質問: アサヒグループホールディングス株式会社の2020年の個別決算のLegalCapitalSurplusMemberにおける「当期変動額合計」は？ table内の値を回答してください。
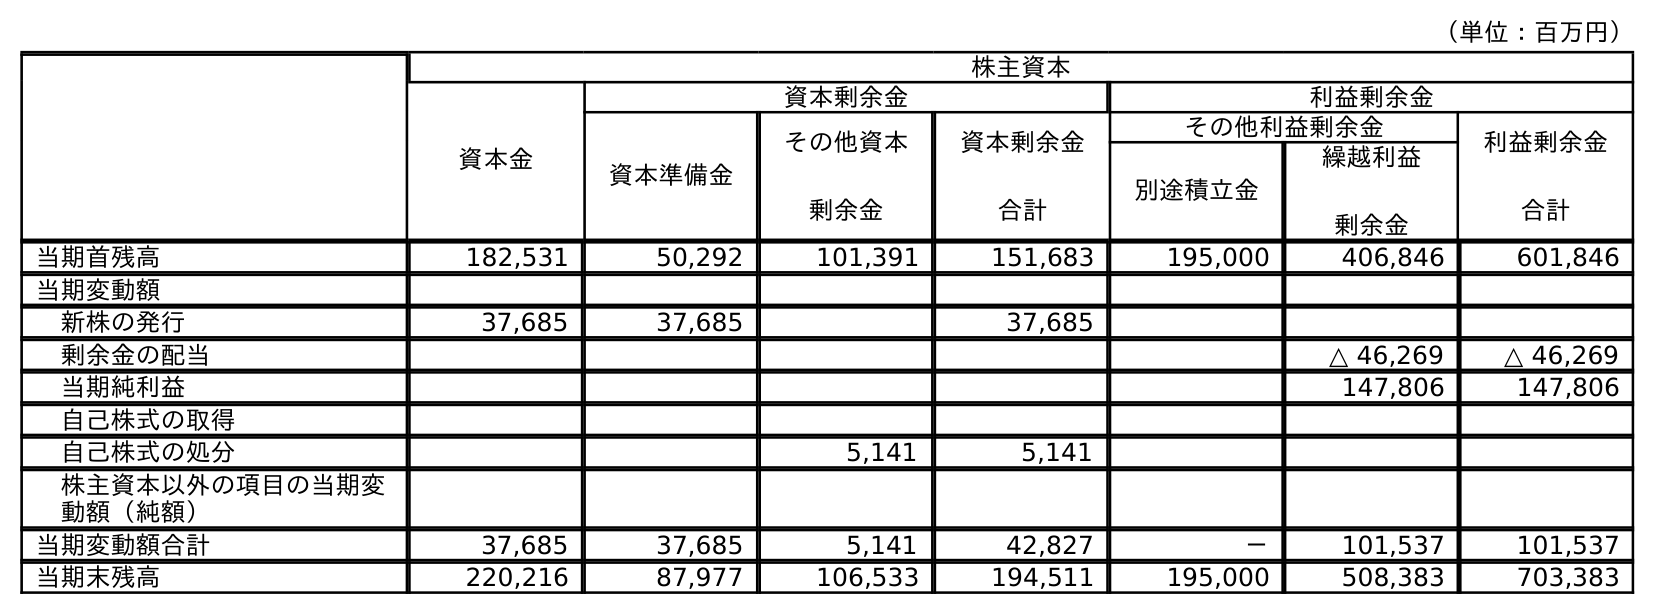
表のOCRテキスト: （単位：百万円） 株主資本 資本金 資本剰余金 利益剰余金 資本準備金 その他資本 剰余金 資本剰余金 合計 その他利益剰余金 利益剰余金 合計 別途積立金 繰越利益 剰余金 当期首残高 182,531 50,292 101,391 151,683 195,000 406,846 601,846 当期変動額 新株の発行 37,685 37,685 37,685 剰余金の配当 △ 46,269 △ 46,269 当期純利益 147,806 147,806 自己株式の取得 自己株式の処分 5,141 5,141 株主資本以外の項目の当期変 動額（純額） 当期変動額合計 37,685 37,685 5,141 42,827 － 101,537 101,537 当期末残高 220,216 87,977 106,533 194,511 195,000 508,383 703,383
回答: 37,685